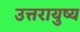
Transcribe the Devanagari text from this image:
उत्तरायुष्य